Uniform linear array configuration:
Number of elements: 8
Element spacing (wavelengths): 1
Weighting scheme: cosine
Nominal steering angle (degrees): -30
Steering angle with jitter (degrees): -31.566
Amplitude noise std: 0.05
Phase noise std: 0.05

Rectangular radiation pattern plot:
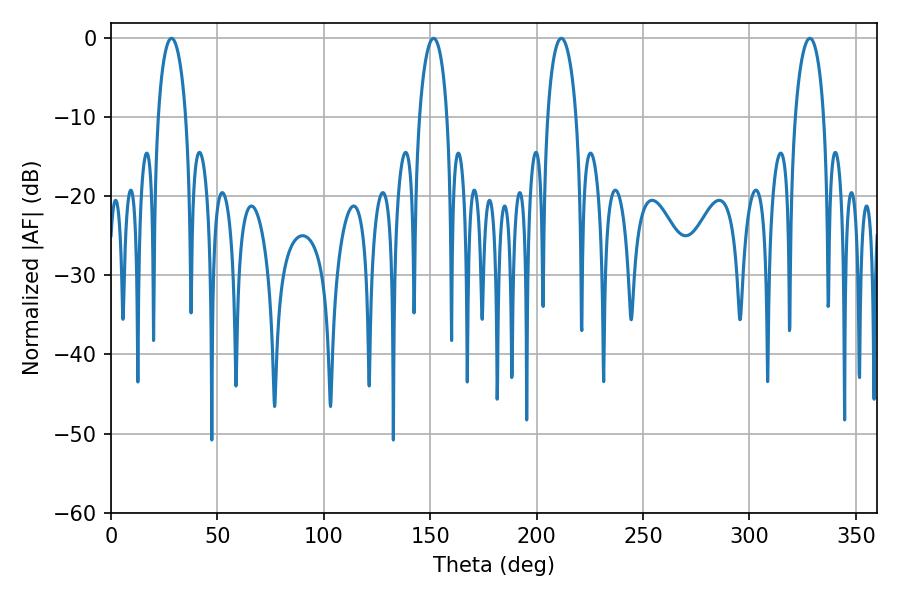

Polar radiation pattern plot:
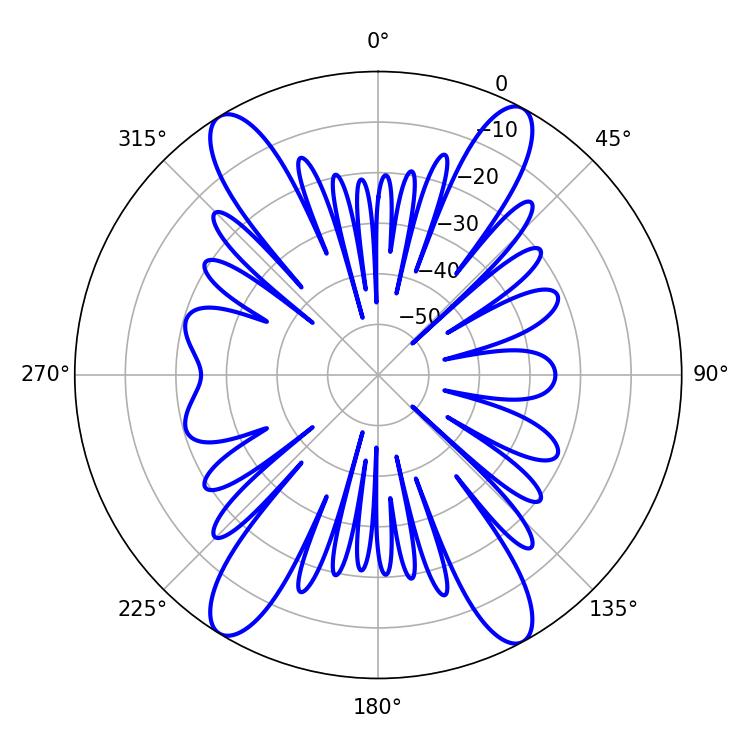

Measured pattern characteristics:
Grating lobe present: TRUE
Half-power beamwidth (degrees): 7.38
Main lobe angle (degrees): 28.44